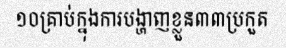
១០គ្រាប់ក្នុងការបង្ហាញខ្លួន៣៣ប្រកួត